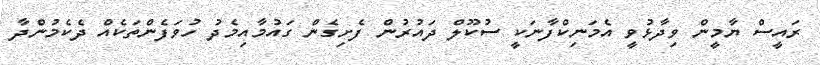
ރައީސް ޔާމީން ވިދާޅުވީ އެމަނިކްފާނަކީ ސުކޫލް ދައުރުން ފެށިގެން ގައުމާއިމެދު ހުވަފެންތަކެއް ދެކެމުންދާ